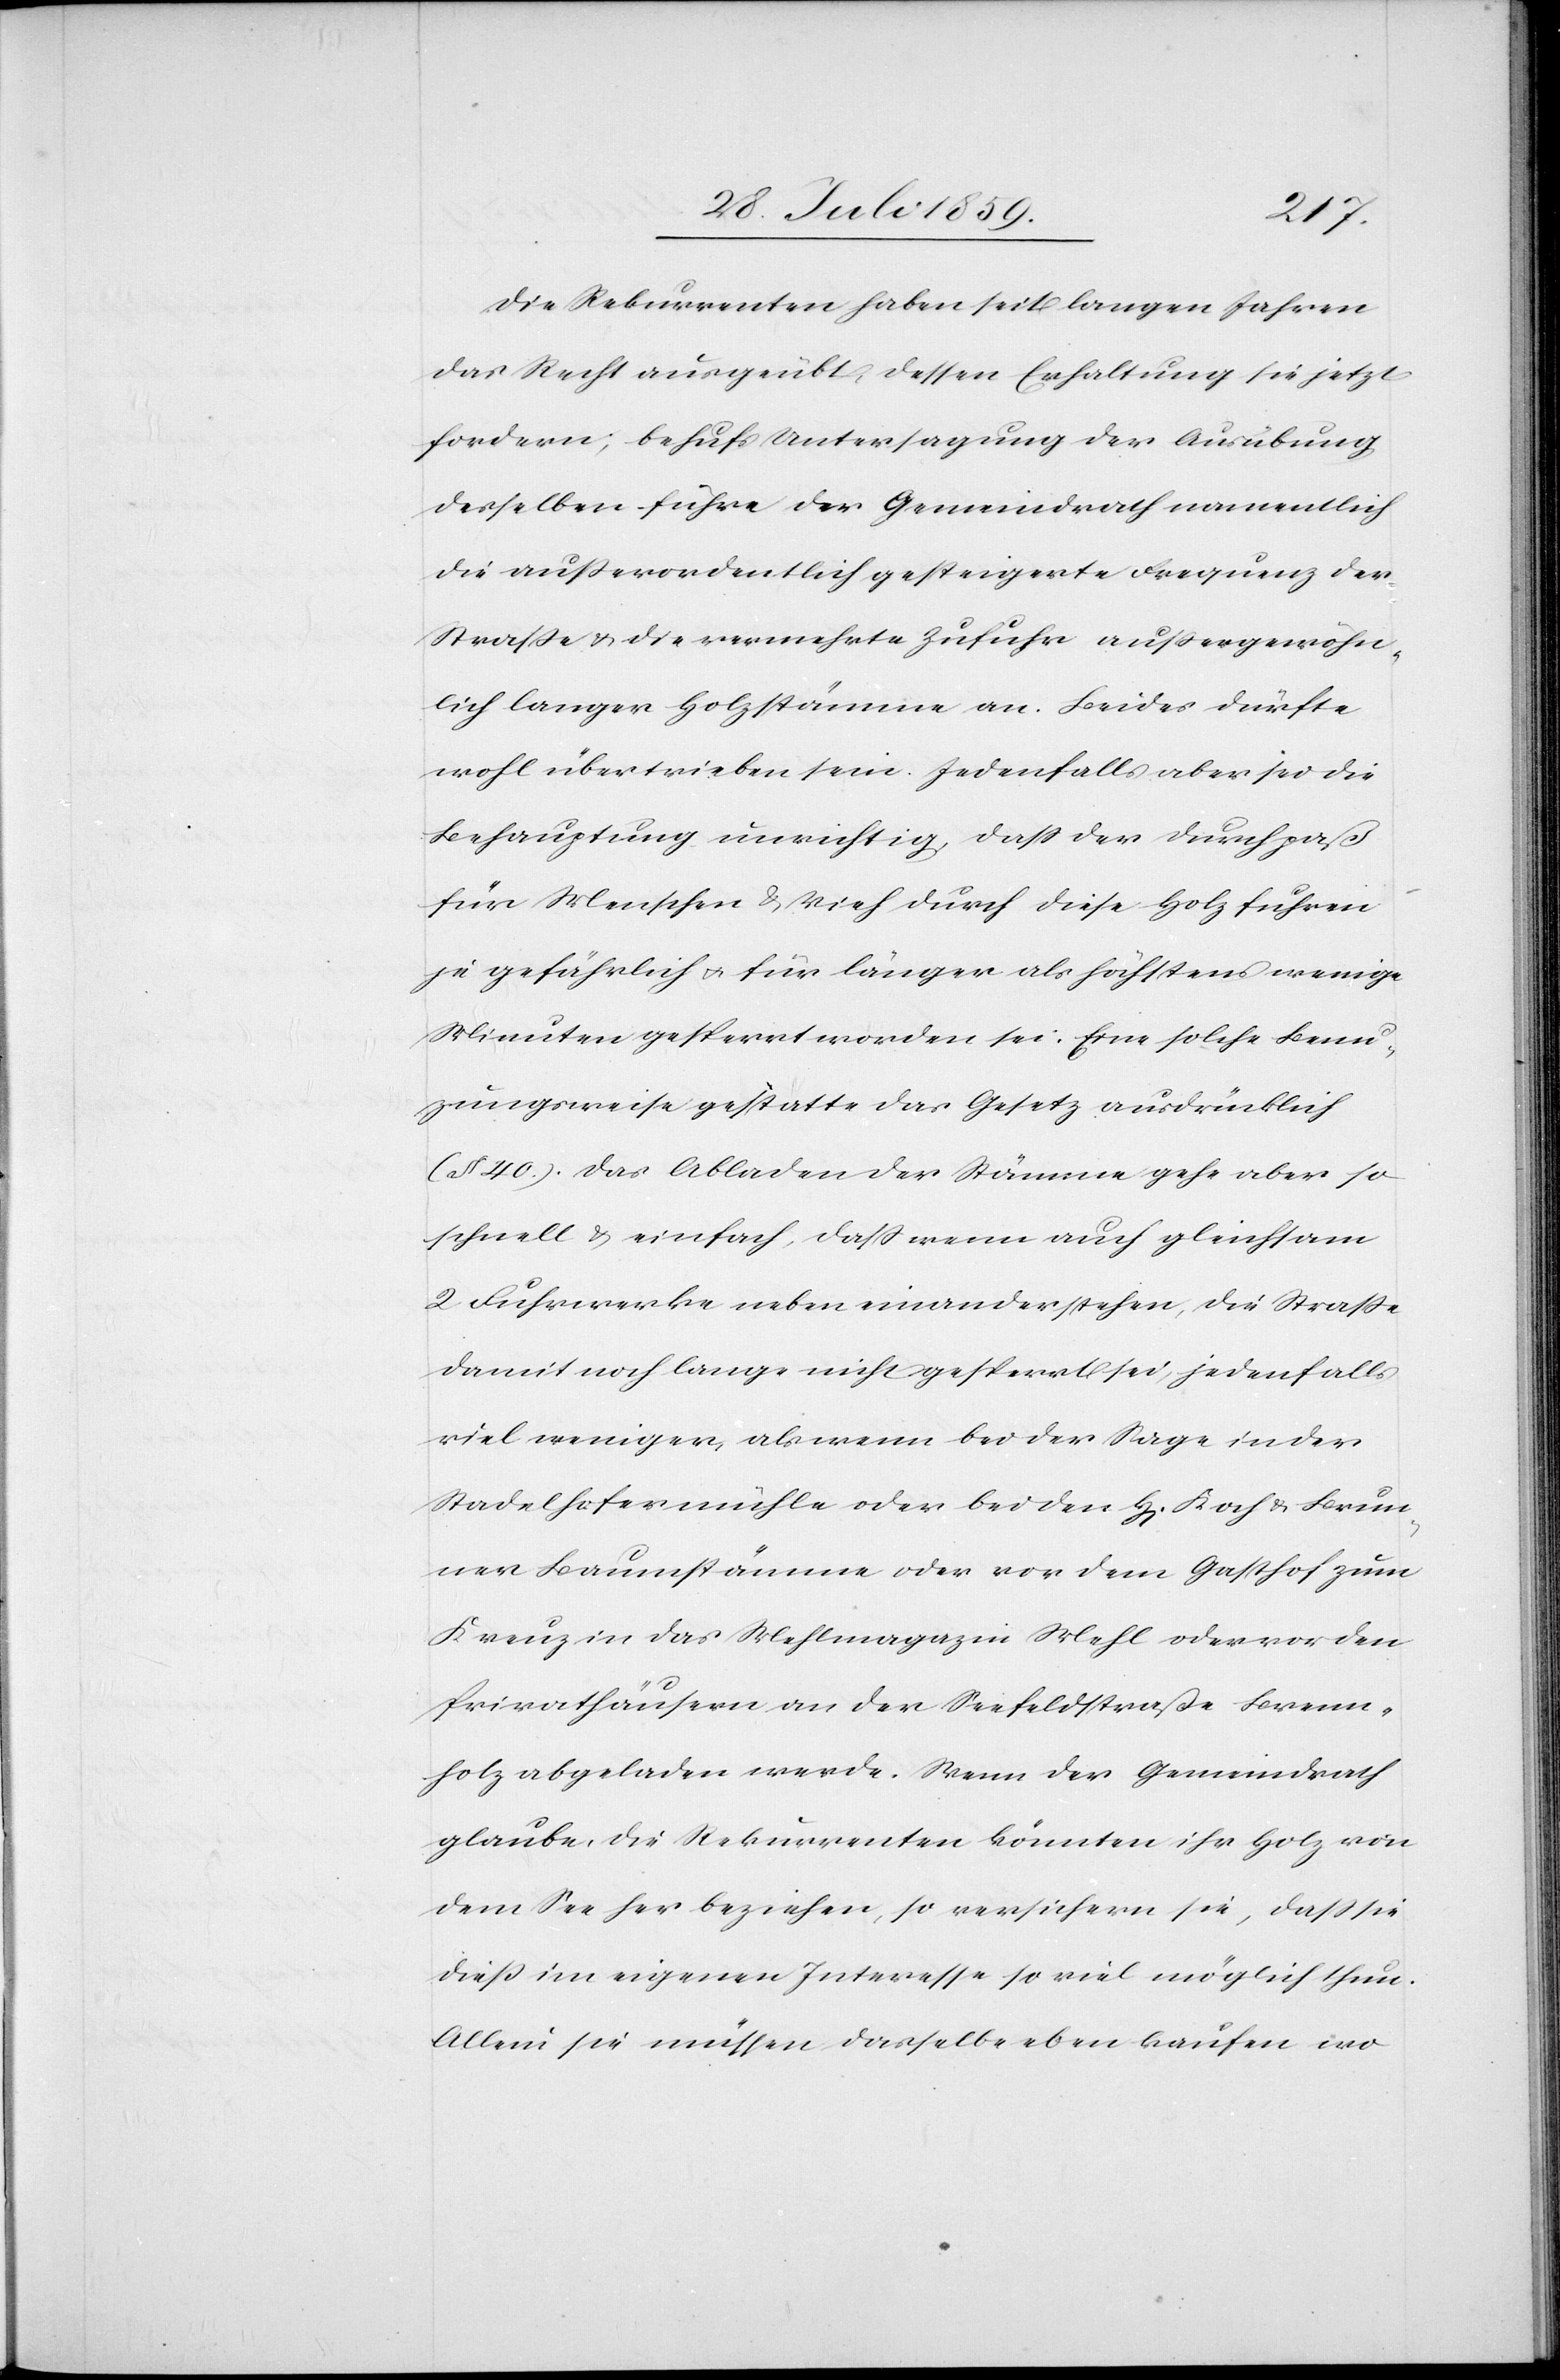
Die Rekurrenten haben seit langen Jahren
das Recht ausgeübt, dessen Erhaltung sie jetzt
fordern; behufs Untersagung der Ausübung
desselben führe der Gemeindrath namentlich
die außerordentlich gesteigerte Frequenz der
Straße u. die vermehrte Zufuhr außergewöhn¬
lich langer Holzstämme an. Beides dürfte
wohl übertrieben sein. Jedenfalls aber sei die
Behauptung unrichtig, daß der Durchpaß
für Menschen u. Vieh durch diese Holzfuhren
zu gefährlich u. für länger als höchstens wenige
Minuten gesperrt worden sei. Eine solche Benu¬
zungsweise [sic!] gestatte das Gesetz ausdrücklich
(§ 40.). Das Abladen der Stämme gehe aber so
schnell u. einfach, daß wenn auch gleichsam
2 Fuhrwerke neben einander stehen, die Straße
damit noch lange nicht gesperrt sei, jedenfalls
viel weniger, als wenn bei der Sage in der
Stadelhofermühle oder bei den H[erren] Koch u. Brun¬
ner Baumstämme oder vor dem Gasthof zum
Kreuz in das Mehlmagazin Mehl oder vor den
Privathäusern an der Seefeldstraße Brenn¬
holz abgeladen werde. Wenn der Gemeindrath
glaube, die Rekurrenten könnten ihr Holz von
dem See her beziehen, so versichern sie, daß sie
dieß im eigenen Interesse so viel möglich thun.
Allein sie müssen dasselbe eben kaufen wo